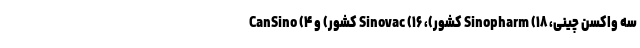
سه واکسن چینی، Sinopharm (۱۸ کشور)، Sinovac (۱۶ کشور) و CanSino (۴